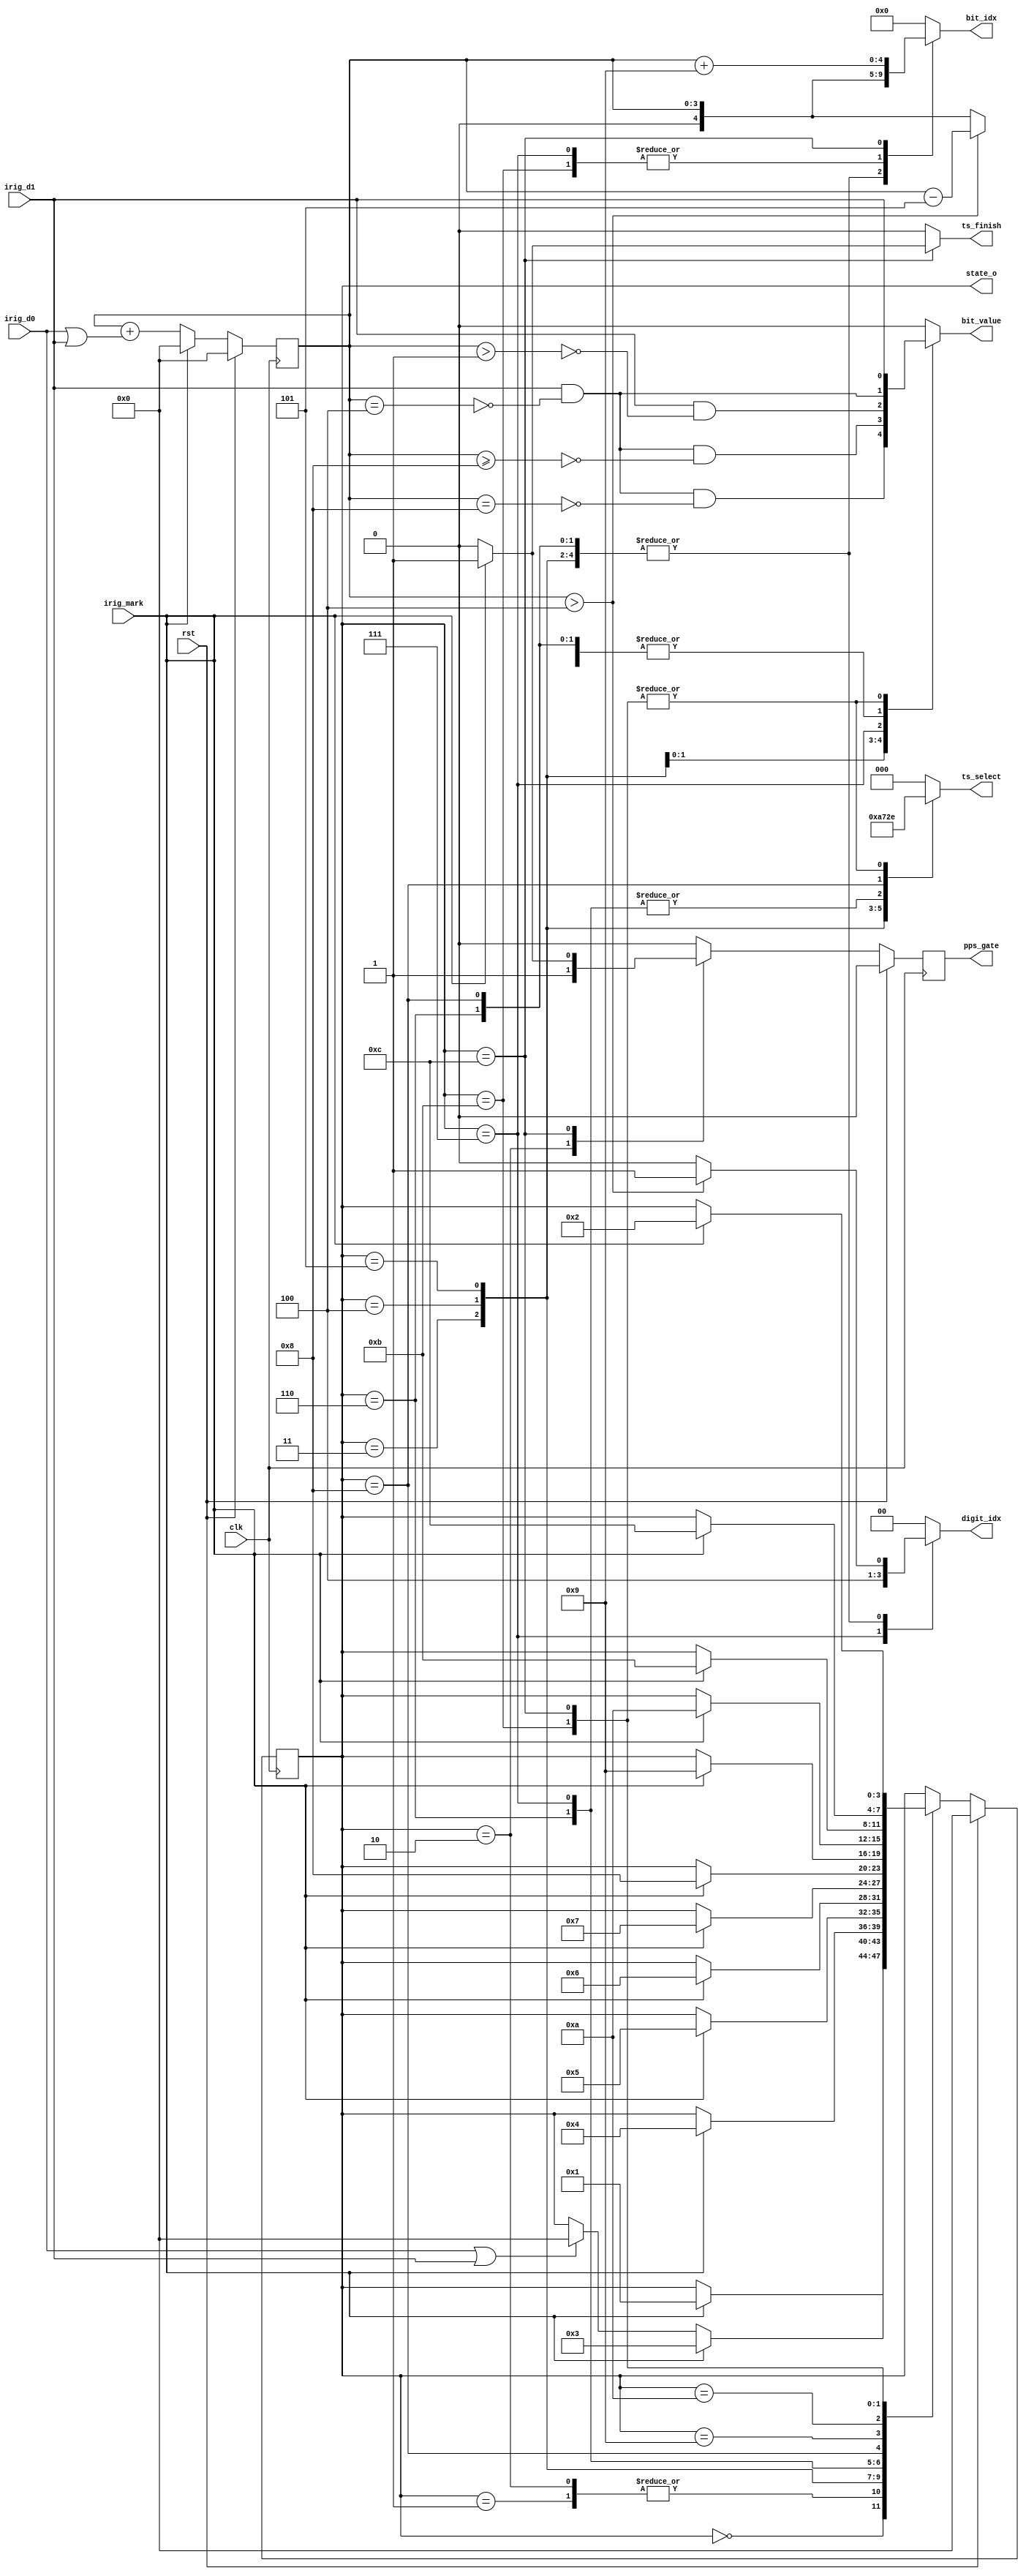
module irig_state (
                   input            clk,
                   input            rst,
                   input            irig_d0,
                   input            irig_d1,
                   input            irig_mark,
                   output reg       pps_gate, 
                   output reg       ts_finish,
                   output reg [2:0] ts_select,
                   output reg [4:0] bit_idx,
                   output reg [1:0] digit_idx,
                   output reg       bit_value,
                   output reg [3:0] state_o);

    // State machine states
    localparam ST_UNLOCKED = 4'd0,
      ST_PRELOCK  = 4'b1,
      ST_START    = 4'd2,
      ST_SECOND   = 4'd3,
      ST_MINUTE   = 4'd4,
      ST_HOUR     = 4'd5,
      ST_DAY      = 4'd6,
      ST_DAY2     = 4'd7,
      ST_YEAR     = 4'd8,
      ST_UNUSED1  = 4'd9,
      ST_UNUSED2  = 4'd10,
      ST_SEC_DAY  = 4'd11,
      ST_SEC_DAY2 = 4'd12;

    // Timestamp selection
    localparam TS_SELECT_SECOND = 3'd1,
      TS_SELECT_MINUTE = 3'd2,
      TS_SELECT_HOUR = 3'd3,
      TS_SELECT_DAY = 3'd4,
      TS_SELECT_YEAR = 3'd5,
      TS_SELECT_SEC_DAY = 3'd6;

    // Count of the IRIG bits within a state
    reg [3:0]                       irig_cnt;

    // PPS generation internal signal
    // Output is registered version
    reg                             pps_en;
    
    // Current and next state machine state
    reg [3:0]                       state, next_state;

    // Registers
    always @(posedge clk) begin
        if (rst) begin
            state <= ST_UNLOCKED;
            pps_gate <= 1'b0;
            irig_cnt <= 4'b0;
        end
        else begin
            state <= next_state;
            pps_gate <= pps_en;

            // Count the IRIG bits received between every MARK
            if (irig_mark)
              irig_cnt <= 4'b0;
            else 
              irig_cnt <= irig_cnt + (irig_d0 | irig_d1);
        end
    end

    // IRIG decoding state machine
    // FIX ME add checks that cause loss of lock
    always @(*) begin
        state_o = state;
        next_state = state;
        pps_en = 1'b0;
        ts_finish = 1'b0;
        ts_select = 3'b0;
          bit_idx = 4'b0;
          digit_idx = 2'b0;
          bit_value = 1'b0;
        case (state)
          ST_UNLOCKED: begin
              if (irig_mark)
                next_state = ST_PRELOCK;
          end
          ST_PRELOCK: begin
              if (irig_mark)
                next_state = ST_SECOND;
              else if (irig_d0 || irig_d1)
                next_state = ST_UNLOCKED;          
          end
          ST_START: begin              
              pps_en = 1'b1;
              // The "else if" catches a misaligned frame after lock.
              // If correctly aligned this state should only ever see a Mark on the next clock cycle.
              if (irig_mark)
                next_state = ST_SECOND;
              else if (irig_d0 || irig_d1)
                next_state = ST_UNLOCKED;
          end
          ST_SECOND: begin
              ts_select = TS_SELECT_SECOND;
              bit_idx = (irig_cnt > 4'd4) ? irig_cnt-4'd5 : irig_cnt;
              digit_idx = (irig_cnt > 4'd4) ? 2'b1 : 2'b0;
              bit_value = irig_d1 && !(irig_cnt == 4'd4);                

              if (irig_mark)
                next_state = ST_MINUTE;
          end
          ST_MINUTE: begin
              ts_select = TS_SELECT_MINUTE;
              bit_idx = (irig_cnt > 4'd4) ? irig_cnt-4'd5 : irig_cnt;
              digit_idx = (irig_cnt > 4'd4) ? 2'b1 : 2'b0;
              bit_value = irig_d1 && !(irig_cnt == 4'd4) && !(irig_cnt == 4'd8);

              if (irig_mark)
                next_state = ST_HOUR;
          end       
          ST_HOUR: begin
              ts_select = TS_SELECT_HOUR;
              bit_idx = (irig_cnt > 4'd4) ? irig_cnt-4'd5 : irig_cnt;
              digit_idx = (irig_cnt > 4'd4) ? 2'b1 : 2'b0;
              bit_value = irig_d1 && !(irig_cnt == 4'd4) && !(irig_cnt >= 4'd8);

              if (irig_mark)
                next_state = ST_DAY;
          end
          ST_DAY: begin
              ts_select = TS_SELECT_DAY;
              bit_idx = (irig_cnt > 4'd4) ? irig_cnt-4'd5 : irig_cnt;
              digit_idx = (irig_cnt > 4'd4) ? 2'd1 : 2'd0;
              bit_value = irig_d1 && !(irig_cnt == 4'd4);

              if (irig_mark)
                next_state = ST_DAY2;
          end
          ST_DAY2: begin
              ts_select = TS_SELECT_DAY;
              bit_idx = irig_cnt;
              digit_idx = 2'd2;
              bit_value = irig_d1 && !(irig_cnt > 4'd1);

              if (irig_mark)
                next_state = ST_YEAR;
          end
          ST_YEAR: begin
              ts_select = TS_SELECT_YEAR;
              bit_idx = (irig_cnt > 4'd4) ? irig_cnt-4'd5 : irig_cnt;
              digit_idx = (irig_cnt > 4'd4) ? 2'd1 : 2'd0;
              bit_value = irig_d1 && !(irig_cnt == 4'd4);

              if (irig_mark)
                next_state = ST_UNUSED1;
          end
          ST_UNUSED1: begin
              if (irig_mark)
                next_state = ST_UNUSED2;
          end
          ST_UNUSED2: begin
              if (irig_mark)
                next_state = ST_SEC_DAY;
          end
          ST_SEC_DAY: begin
              ts_select = TS_SELECT_SEC_DAY;
              bit_idx = irig_cnt;
              bit_value = irig_d1;
              if (irig_mark)
                next_state = ST_SEC_DAY2;
          end
          ST_SEC_DAY2: begin
              ts_select = TS_SELECT_SEC_DAY;
              bit_idx = irig_cnt+5'd9;
              bit_value = irig_d1;
              if (irig_mark) begin
                  next_state = ST_START;
                  pps_en = 1'b1;
                  ts_finish = 1'b1;
              end
          end
        endcase
    end
    
endmodule